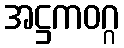
အဋ္ဌကဝဂ္ဂ